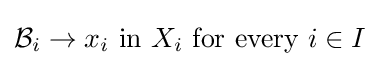
{\mathcal {B}}_{i}\to x_{i}{\text{ in }}X_{i}{\text{ for every }}i\in I